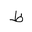
Letter: _za